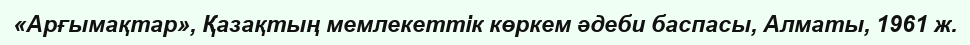
«Арғымақтар», Қазақтың мемлекеттік көркем әдеби баспасы, Алматы, 1961 ж.